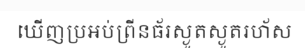
ឃើញប្រអប់ព្រីនធ័រស្ងួតស្ងួតរហ័ស